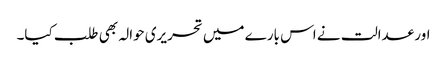
اور عدالت نے اس بارے میں تحریری حوالہ بھی طلب کیا۔